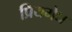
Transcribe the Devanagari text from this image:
प्रियमेध